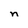
Character: n